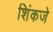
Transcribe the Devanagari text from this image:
शिंकजे